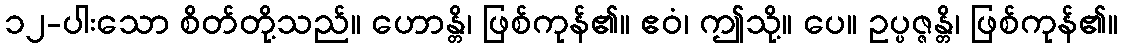
၁၂-ပါးသော စိတ်တို့သည်။ ဟောန္တိ၊ ဖြစ်ကုန်၏။ ဧဝံ၊ ဤသို့။ ပေ။ ဥပ္ပဇ္ဇန္တိ၊ ဖြစ်ကုန်၏။